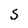
Character: S